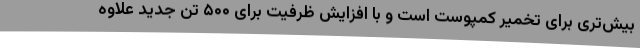
بیش‌تری برای تخمیر کمپوست است و با افزایش ظرفیت برای ۵۰۰ تن جدید علاوه